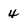
Character: 4